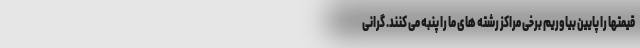
قیمتها را پایین بیاوریم برخی مراکز رشته های ما را پنبه می کنند. گرانی